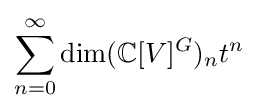
\sum _{n=0}^{\infty }\dim(\mathbb {C} [V]^{G})_{n}t^{n}